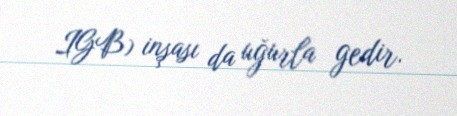
IGB) inşası da uğurla gedir.